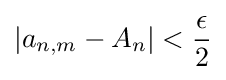
\left|a_{n,m}-A_{n}\right|<{\frac {\epsilon }{2}}